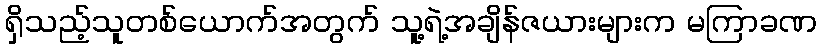
ရှိသည့်သူတစ်ယောက်အတွက် သူ့ရဲ့အချိန်ဇယားများက မကြာခဏ